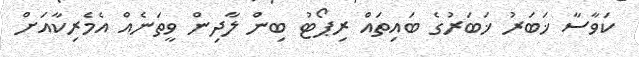
ކަވާސާ ޚަބަރު ޚަބަރުގެ ބައިތައް ރިޕޯޓު ބިން ލާދިން ވީތަނެއް އެމެރިކާއަށް